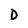
Character: D